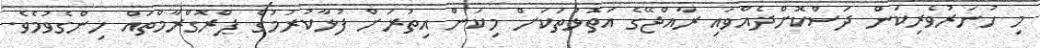
މި ހުނަރުވެރިކަން ދަސްކޮށްދެއްވައި ރާއްޖޭގެ އަތޮޅުތަކަށް މިކަން އިތުރަށް ފުޅާކުރުމުގެ ޕްރޮގްރާމްތައް ހިންގެވުމެވެ.